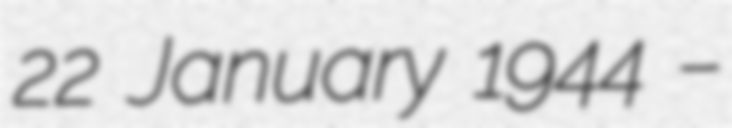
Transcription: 22 January 1944 –